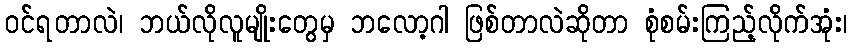
ဝင်ရတာလဲ၊ ဘယ်လိုလူမျိုးတွေမှ ဘလော့ဂါ ဖြစ်တာလဲဆိုတာ စုံစမ်းကြည့်လိုက်အုံး၊